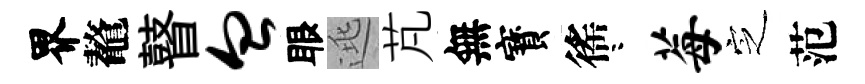
界鼇瞽血眼逃芃無寳徭咯莓㝎范